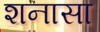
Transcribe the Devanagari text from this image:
शनासा